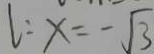
l : x = - \sqrt { 3 }